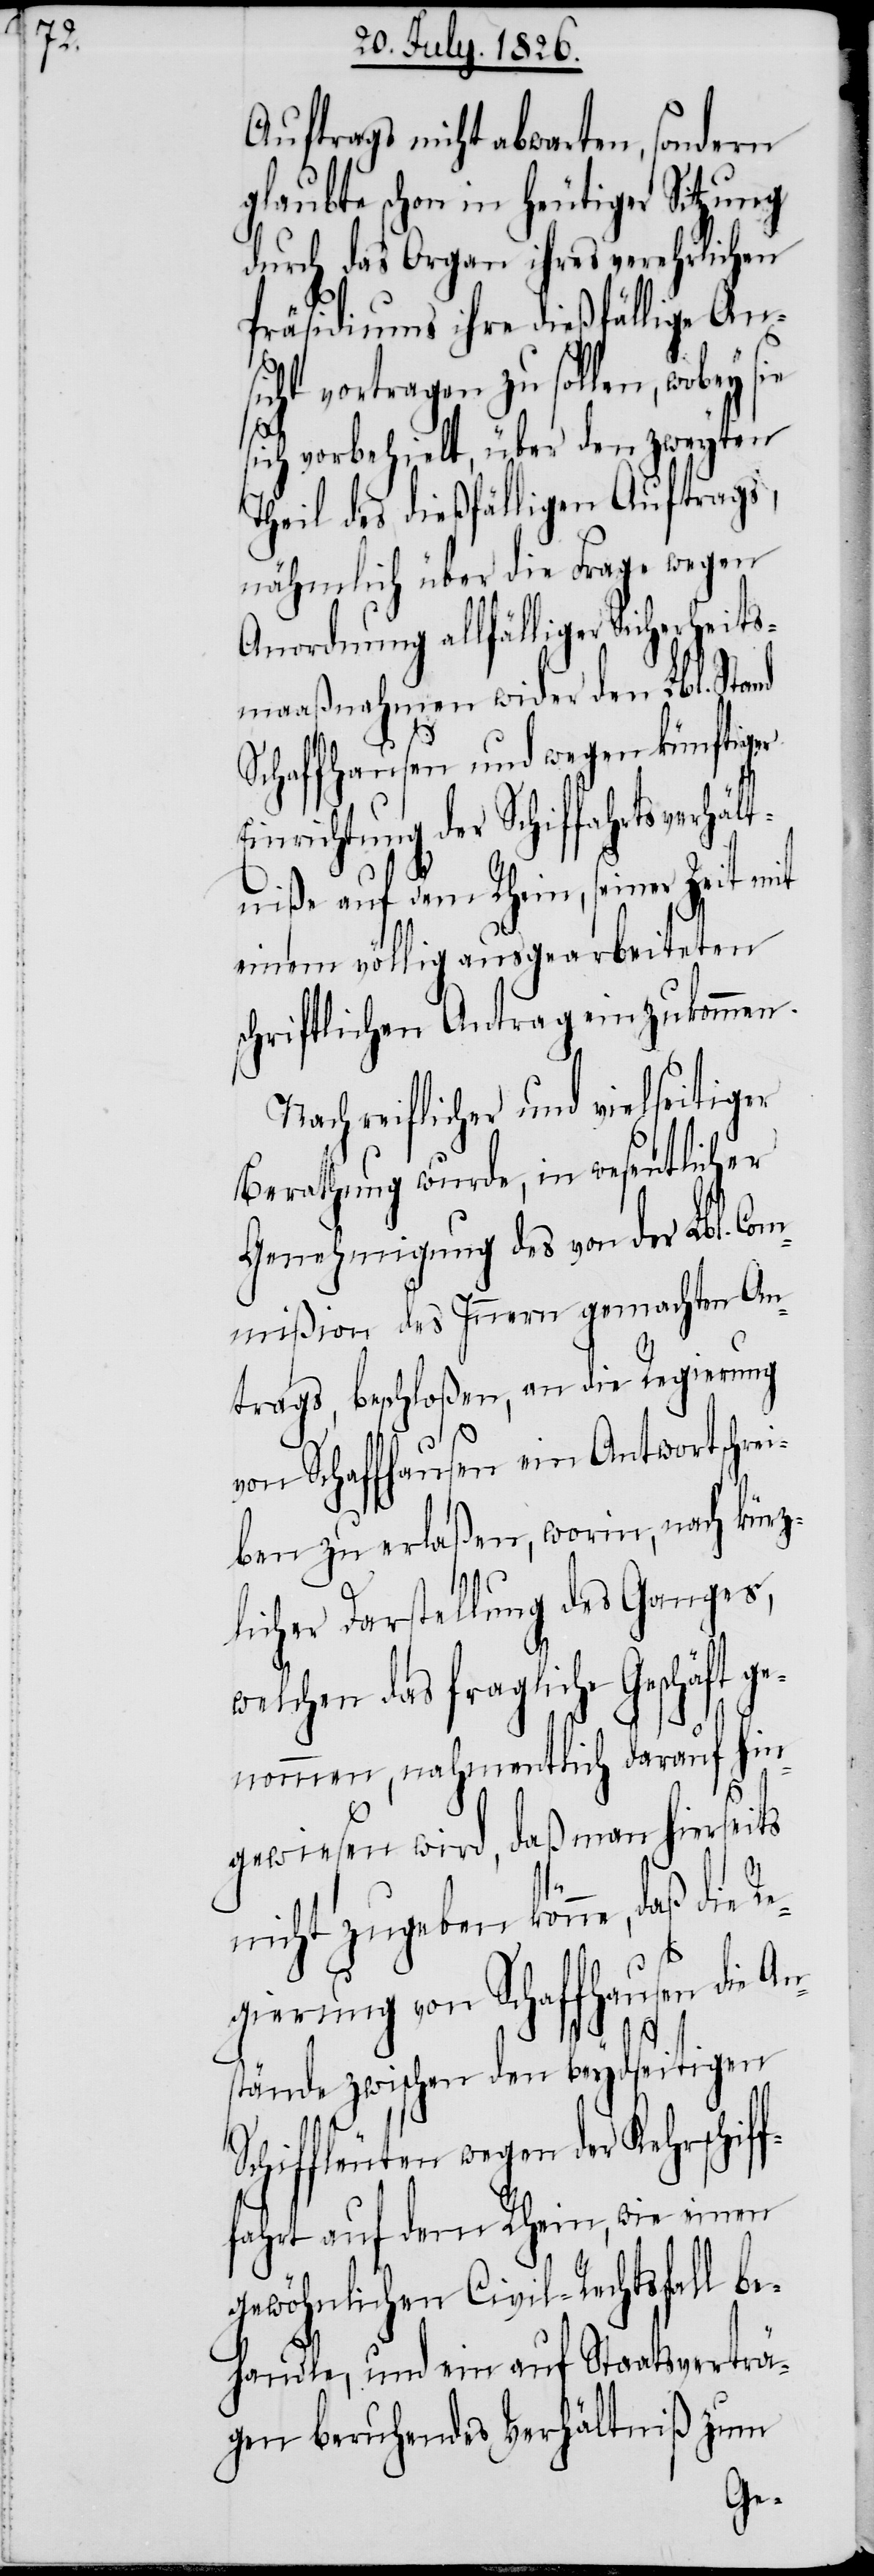
Auftrags nicht abwarten, sondern
glaubte schon in heutiger Sitzung
durch das Organ ihres verehrlichen
Präsidiums ihre dießfällige Ans¬
icht vortragen zu sollen, wobey
sich vorbehielt, über den zweyten
Theil des dießfälligen Auftrags,
nähmlich über die Frage wegen
Anordnung allfälliger Sicherheits¬
maaßnahmen wider den Lbl. Stand
Schaffhausen und wegen künftiger
inrichtung der Schiffahrtsverhä¬
ltniße auf dem Rhein, seiner Zeit mit
einem völlig ausgearbeiteten
schriftlichen Antrag einzukommen.
Nach reiflicher und vielseitiger
Berathung wurde, in wesentlicher
Genehmigung des von der Lbl. Com¬
mißion des Innern gemachten An¬
trags, beschloßen, an die Regierung
von Schaffhausen ein Antwortschre¬
iben zu erlaßen, worin, nach kürz¬
licher Darstellung des Ganges,
welche das fragliche Geschäft g¬
enommen, nahmentlich darauf hin¬
gewiesen wird, daß man hierseits
nicht zugeben könne, daß d¬
gierung von Schaffhausen die An¬
f¬
stände zwischen den beydseitigen
Schiffleuten wegen der Kehrschif¬
fahrt auf dem Rhein, wie einen
gewöhnlichen Civil-Rechtsfall be¬
handle, und ein auf Staatsverträ¬
gen beruhendes Verhältniß zum
Re¬